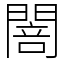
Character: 䦣